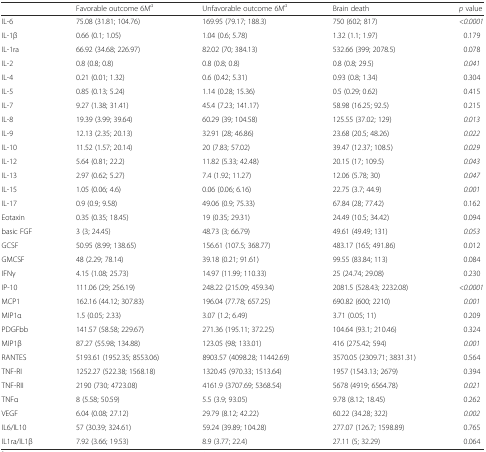
<table><thead><tr><td></td><td><b>Favorable outcome 6M<sup><i>a</i></sup></b></td><td><b>Unfavorable outcome 6M<sup><i>a</i></sup></b></td><td><b>Brain death</b></td><td><b><i>p</i> value</b></td></tr></thead><tbody><tr><td>IL-6</td><td>75.08 (31.81; 104.76)</td><td>169.95 (79.17; 188.3)</td><td>750 (602; 817)</td><td><i>&lt;0.0001</i></td></tr><tr><td>IL-1β</td><td>0.66 (0.1; 1.05)</td><td>1.04 (0.6; 5.78)</td><td>1.32 (1.1; 1.97)</td><td>0.179</td></tr><tr><td>IL-1ra</td><td>66.92 (34.68; 226.97)</td><td>82.02 (70; 384.13)</td><td>532.66 (399; 2078.5)</td><td>0.078</td></tr><tr><td>IL-2</td><td>0.8 (0.8; 0.8)</td><td>0.8 (0.8; 0.8)</td><td>0.8 (0.8; 29.5)</td><td><i>0.041</i></td></tr><tr><td>IL-4</td><td>0.21 (0.01; 1.32)</td><td>0.6 (0.42; 5.31)</td><td>0.93 (0.8; 1.34)</td><td>0.304</td></tr><tr><td>IL-5</td><td>0.85 (0.13; 5.24)</td><td>1.14 (0.28; 15.36)</td><td>0.5 (0.29; 0.62)</td><td>0.415</td></tr><tr><td>IL-7</td><td>9.27 (1.38; 31.41)</td><td>45.4 (7.23; 141.17)</td><td>58.98 (16.25; 92.5)</td><td>0.215</td></tr><tr><td>IL-8</td><td>19.39 (3.99; 39.64)</td><td>60.29 (39; 104.58)</td><td>125.55 (37.02; 129)</td><td><i>0.013</i></td></tr><tr><td>IL-9</td><td>12.13 (2.35; 20.13)</td><td>32.91 (28; 46.86)</td><td>23.68 (20.5; 48.26)</td><td><i>0.022</i></td></tr><tr><td>IL-10</td><td>11.52 (1.57; 20.14)</td><td>20 (7.83; 57.02)</td><td>39.47 (12.37; 108.5)</td><td><i>0.029</i></td></tr><tr><td>IL-12</td><td>5.64 (0.81; 22.2)</td><td>11.82 (5.33; 42.48)</td><td>20.15 (17; 109.5)</td><td><i>0.043</i></td></tr><tr><td>IL-13</td><td>2.97 (0.62; 5.27)</td><td>7.4 (1.92; 11.27)</td><td>12.06 (5.78; 30)</td><td><i>0.047</i></td></tr><tr><td>IL-15</td><td>1.05 (0.06; 4.6)</td><td>0.06 (0.06; 6.16)</td><td>22.75 (3.7; 44.9)</td><td><i>0.001</i></td></tr><tr><td>IL-17</td><td>0.9 (0.9; 9.58)</td><td>49.06 (0.9; 75.33)</td><td>67.84 (28; 77.42)</td><td>0.162</td></tr><tr><td>Eotaxin</td><td>0.35 (0.35; 18.45)</td><td>19 (0.35; 29.31)</td><td>24.49 (10.5; 34.42)</td><td>0.094</td></tr><tr><td>basic FGF</td><td>3 (3; 24.45)</td><td>48.73 (3; 66.79)</td><td>49.61 (49.49; 131)</td><td><i>0.053</i></td></tr><tr><td>GCSF</td><td>50.95 (8.99; 138.65)</td><td>156.61 (107.5; 368.77)</td><td>483.17 (165; 491.86)</td><td>0.012</td></tr><tr><td>GMCSF</td><td>48 (2.29; 78.14)</td><td>39.18 (0.21; 91.61)</td><td>99.55 (83.84; 113)</td><td>0.084</td></tr><tr><td>IFNγ</td><td>4.15 (1.08; 25.73)</td><td>14.97 (11.99; 110.33)</td><td>25 (24.74; 29.08)</td><td>0.230</td></tr><tr><td>IP-10</td><td>111.06 (29; 256.19)</td><td>248.22 (215.09; 459.34)</td><td>2081.5 (528.43; 2232.08)</td><td><i>&lt;0.0001</i></td></tr><tr><td>MCP1</td><td>162.16 (44.12; 307.83)</td><td>196.04 (77.78; 657.25)</td><td>690.82 (600; 2210)</td><td><i>0.001</i></td></tr><tr><td>MIP1α</td><td>1.5 (0.05; 2.33)</td><td>3.07 (1.2; 6.49)</td><td>3.71 (0.05; 11)</td><td>0.209</td></tr><tr><td>PDGFbb</td><td>141.57 (58.58; 229.67)</td><td>271.36 (195.11; 372.25)</td><td>104.64 (93.1; 210.46)</td><td>0.324</td></tr><tr><td>MIP1β</td><td>87.27 (55.98; 134.88)</td><td>123.05 (98; 133.01)</td><td>416 (275.42; 594)</td><td><i>0.001</i></td></tr><tr><td>RANTES</td><td>5193.61 (1952.35; 8553.06)</td><td>8903.57 (4098.28; 11442.69)</td><td>3570.05 (2309.71; 3831.31)</td><td>0.564</td></tr><tr><td>TNF-RI</td><td>1252.27 (522.38; 1568.18)</td><td>1320.45 (970.33; 1513.64)</td><td>1957 (1543.13; 2679)</td><td>0.394</td></tr><tr><td>TNF-RII</td><td>2190 (730; 4723.08)</td><td>4161.9 (3707.69; 5368.54)</td><td>5678 (4919; 6564.78)</td><td><i>0.021</i></td></tr><tr><td>TNFα</td><td>8 (5.58; 50.59)</td><td>5.5 (3.9; 93.05)</td><td>9.78 (8.12; 18.45)</td><td>0.262</td></tr><tr><td>VEGF</td><td>6.04 (0.08; 27.12)</td><td>29.79 (8.12; 42.22)</td><td>60.22 (34.28; 322)</td><td><i>0.002</i></td></tr><tr><td>IL6/IL10</td><td>57 (30.39; 324.61)</td><td>59.24 (39.89; 104.28)</td><td>277.07 (126.7; 1598.89)</td><td>0.765</td></tr><tr><td>IL1ra/IL1β</td><td>7.92 (3.66; 19.53)</td><td>8.9 (3.77; 22.4)</td><td>27.11 (5; 32.29)</td><td>0.064</td></tr></tbody></table>